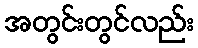
အတွင်းတွင်လည်း